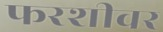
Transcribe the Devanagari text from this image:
फरशीवर